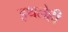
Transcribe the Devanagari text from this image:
इथलेही